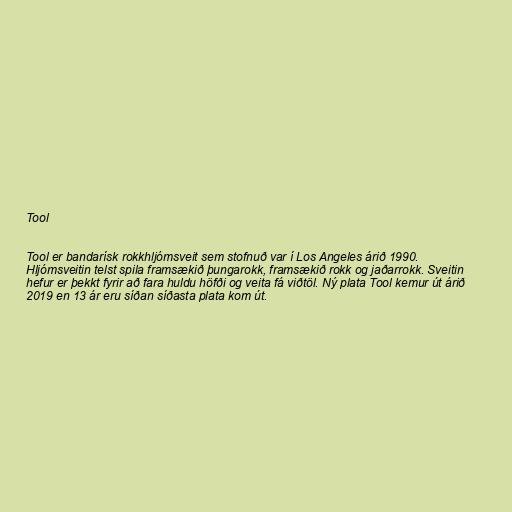
Tool

Tool er bandarísk rokkhljómsveit sem stofnuð var í Los Angeles árið 1990.
Hljómsveitin telst spila framsækið þungarokk, framsækið rokk og jaðarrokk. Sveitin
hefur er þekkt fyrir að fara huldu höfði og veita fá viðtöl. Ný plata Tool kemur út árið
2019 en 13 ár eru síðan síðasta plata kom út.